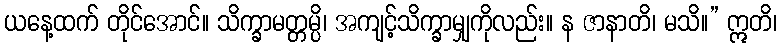
ယနေ့ထက် တိုင်အောင်။ သိက္ခာမတ္တမ္ပိ၊ အကျင့်သိက္ခာမျှကိုလည်း။ န ဇာနာတိ၊ မသိ။” ဣတိ၊